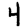
Digit: 4